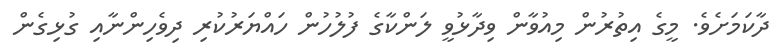
ދާކަމަށެވެ. މީގެ އިތުރުން މިއުވާން ވިދާޅުވީ ލަންކާގެ ފުލުހުން ހައްޔަރުކުރި ދިވެހިންނާއި ގުޅިގެން